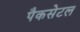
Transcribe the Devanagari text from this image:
पैकसेटल